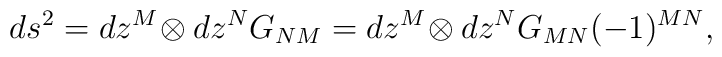
ds^2=dz^M\! \otimes dz^N G_{NM} = dz^M\! \otimes dz^N G_{MN}  (-1)^{MN},